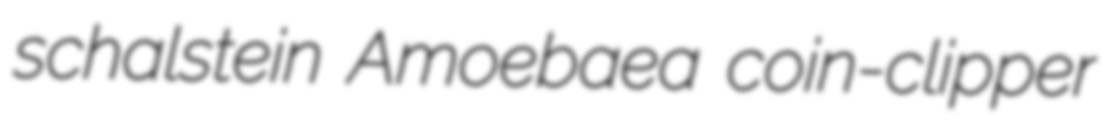
schalstein Amoebaea coin-clipper